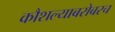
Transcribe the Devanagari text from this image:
कौशल्याबरोबरच